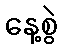
နေ့စွဲ